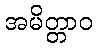
အမိတ္တာဝ